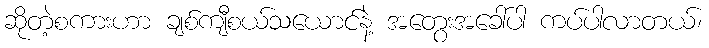
ဆိုတဲ့စကားဟာ ချစ်ကျီစယ်သယောင်နဲ့ အတွေးအခေါ်ပါ ကပ်ပါလာတယ်၊